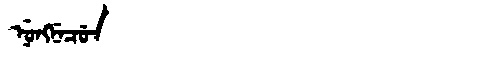
Manchu: ᠨᡠᠩᠨᡝᠴᡠᠨ
Romanization: NUNGNECUN